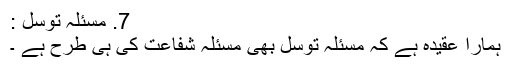
7. مسئلہ توسل :
ہمارا عقیدہ ہے کہ مسئلہ توسل بھی مسئلہ شفاعت کی ہی طرح ہے ۔